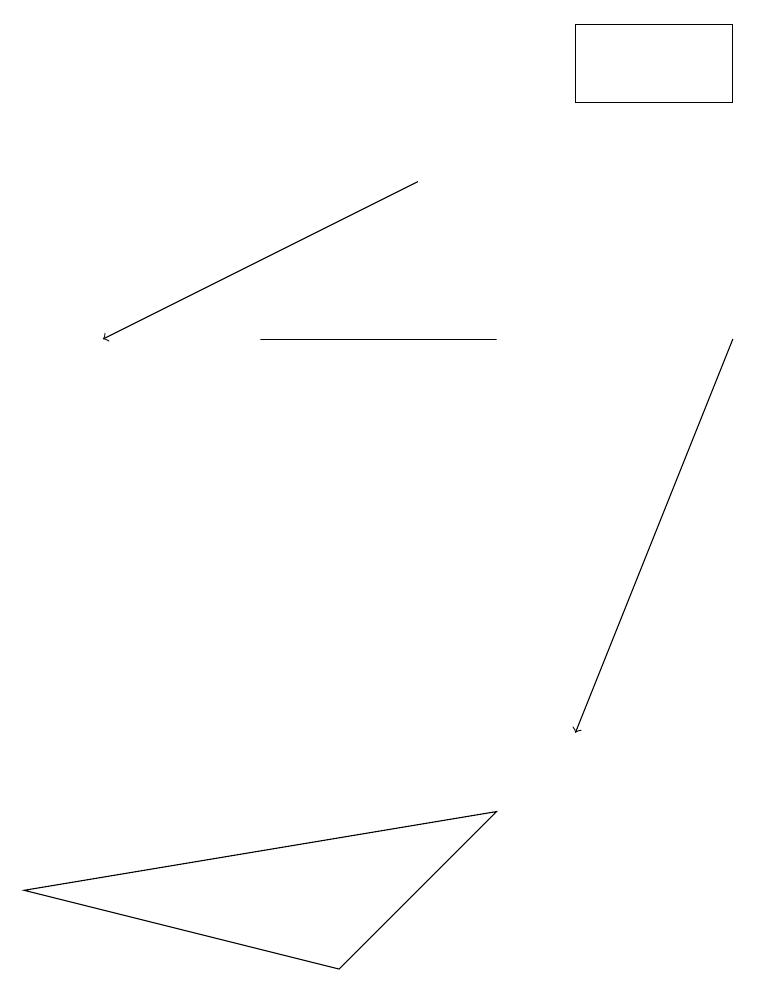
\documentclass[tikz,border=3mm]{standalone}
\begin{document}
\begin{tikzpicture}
\draw[->] (9,15) -- (7,10);
\draw (6,9) -- (4,7) -- (0,8) -- cycle;
\draw[->] (5,17) -- (1,15);
\draw (6,15) rectangle (3,15);
\draw (9,19) rectangle (7,18);
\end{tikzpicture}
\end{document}